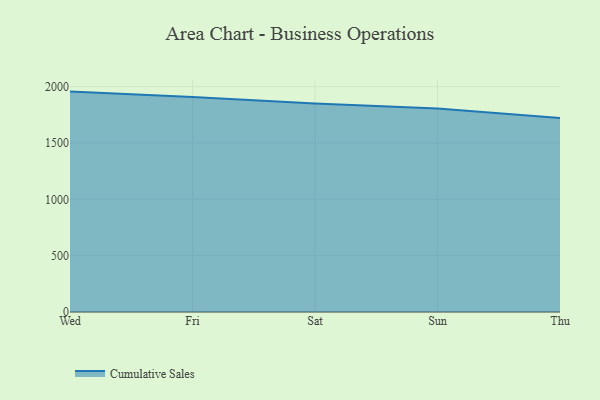
{"axis": {"x": "Day", "y": "Humidity (%)"}, "legend": ["Cumulative Sales"], "data": [{"x": "Wed", "y": 1955.7, "type": "Cumulative Sales"}, {"x": "Fri", "y": 1907.9, "type": "Cumulative Sales"}, {"x": "Sat", "y": 1849.9, "type": "Cumulative Sales"}, {"x": "Sun", "y": 1806.8, "type": "Cumulative Sales"}, {"x": "Thu", "y": 1722.2, "type": "Cumulative Sales"}]}